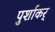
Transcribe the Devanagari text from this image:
पुर्शाकर्